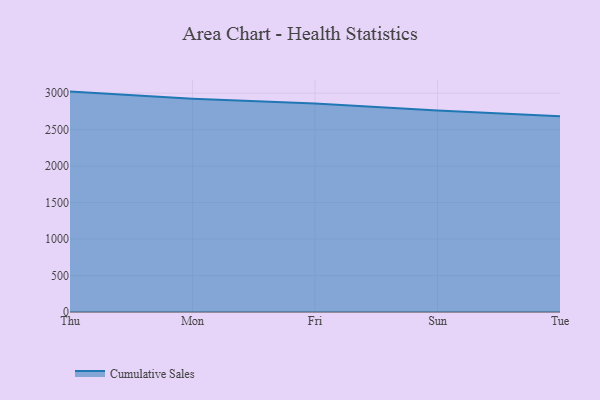
{"axis": {"x": "Day", "y": "Churn Rate (%)"}, "legend": ["Cumulative Sales"], "data": [{"x": "Thu", "y": 3020.8, "type": "Cumulative Sales"}, {"x": "Mon", "y": 2923.5, "type": "Cumulative Sales"}, {"x": "Fri", "y": 2859.4, "type": "Cumulative Sales"}, {"x": "Sun", "y": 2760.9, "type": "Cumulative Sales"}, {"x": "Tue", "y": 2681.5, "type": "Cumulative Sales"}]}